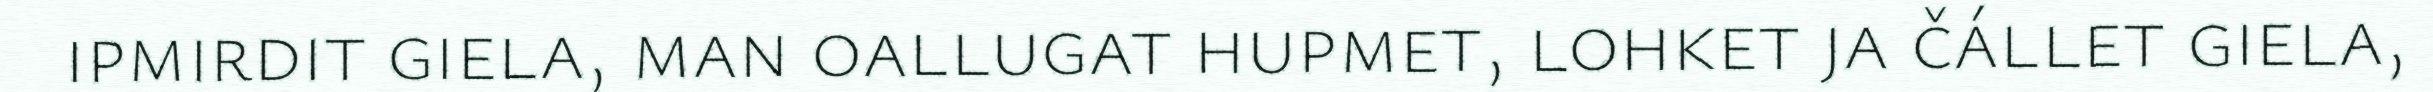
ipmirdit giela, man oallugat hupmet, lohket ja čállet giela,